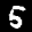
Label: 5